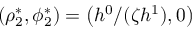
\left( \rho _ { 2 } ^ { * } , \phi _ { 2 } ^ { * } \right) = \left( h ^ { 0 } / ( \zeta h ^ { 1 } ) , 0 \right)